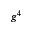
g ^ { 4 }